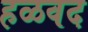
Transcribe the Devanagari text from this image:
हळवद